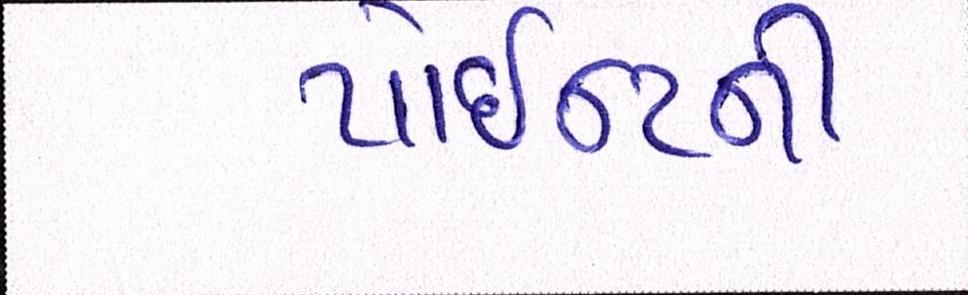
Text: પોઈન્ટની